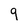
Character: 9